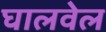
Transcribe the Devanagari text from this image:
घालवेल